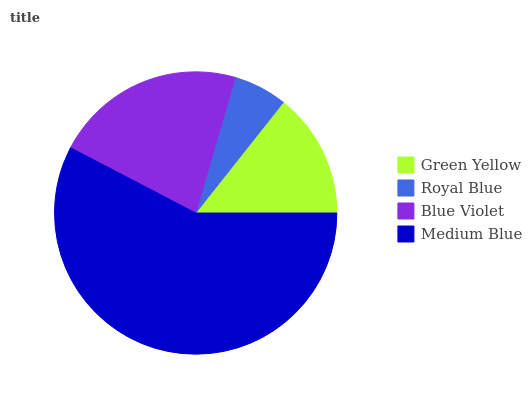
| Green Yellow | Royal Blue | Blue Violet | Medium Blue |
 | --- | --- | --- | --- |
 | 14.4% | 6.15% | 21.8% | 57.7% |